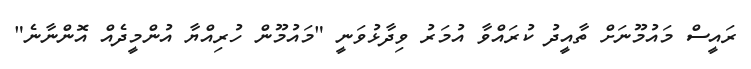
ރައީސް މައުމޫނަށް ތާއީދު ކުރައްވާ އުމަރު ވިދާޅުވަނީ "މައުމޫން ހުރިއްޔާ އުންމީދެއް އޮންނާނެ"